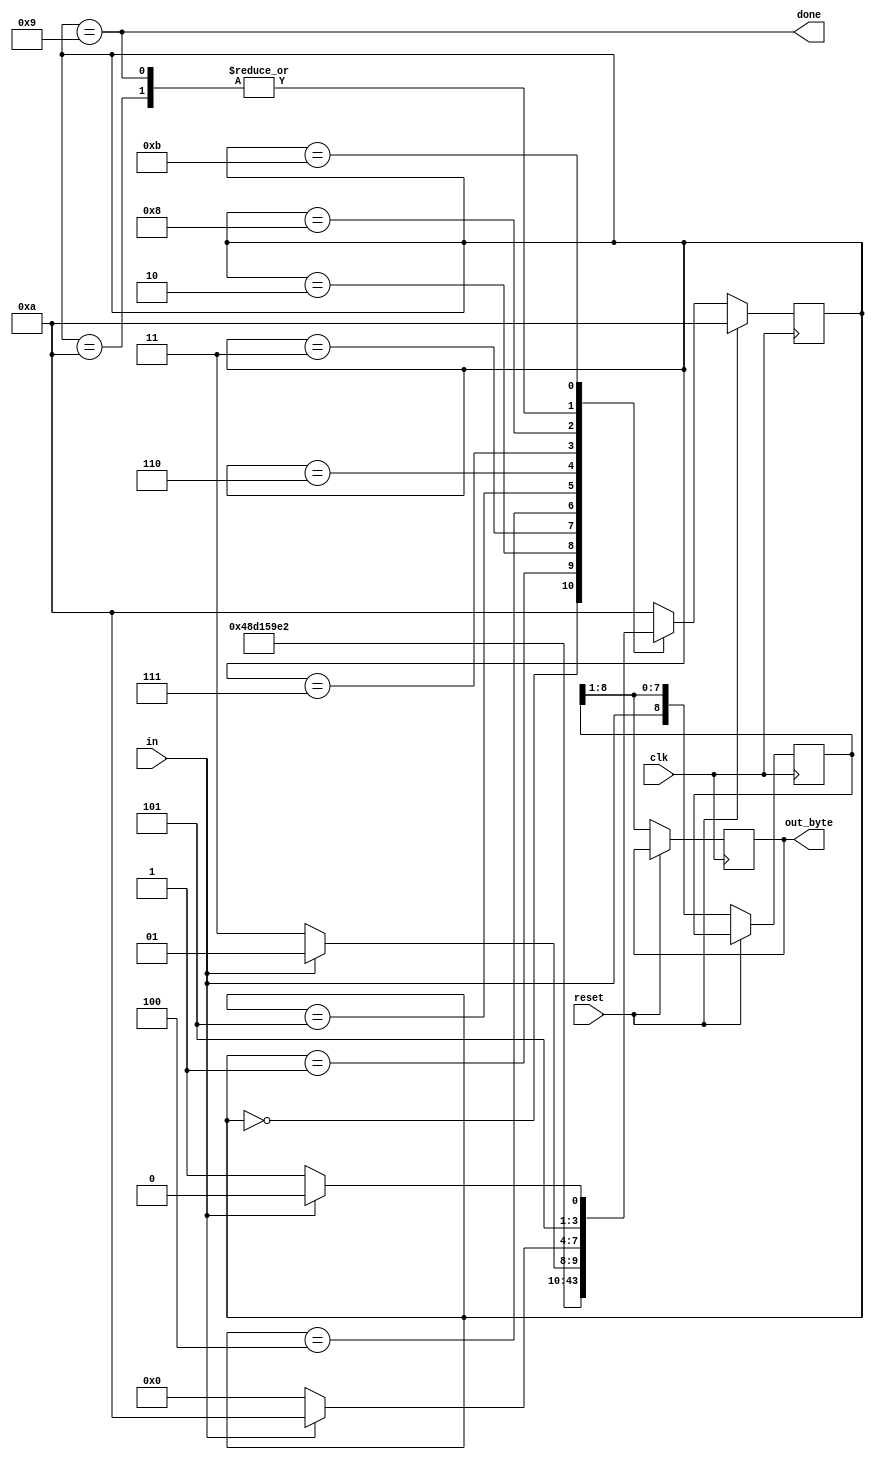
module top_module(
    input clk,
    input in,
    input reset,    // Synchronous reset
    output [7:0] out_byte,
    output done
); 

    parameter start = 4'd0, stop =4'd9, idle = 4'd10;
   	parameter b1 = 4'd1, b2 = 4'd2, b3 = 4'd3;
    parameter b4 = 4'd4, b5 = 4'd5, b6 = 4'd6;
    parameter b7 = 4'd7, b8 = 4'd8, term = 4'd11;
    reg [8:0] out;
    reg [3:0] state, next_state;
    
    // Use FSM from Fsm_serial
    always @(*) begin
        case (state)
            idle: next_state = in? idle:start;
            start: next_state = b1;
            b1: next_state = b2;
            b2: next_state = b3;
            b3: next_state = b4;
            b4: next_state = b5;
            b5: next_state = b6;
            b6: next_state = b7;
            b7: next_state = b8;
            b8: next_state = in? stop:term;
            stop: next_state = in? idle:start;
            term: next_state = in? idle:term;
            default: next_state = idle;
        endcase
    end
    // New: Datapath to latch input bits.
    always @(posedge clk) begin
        if (reset)
            state = idle;
        else begin
            state <= next_state;
            out = {in, out[8:1]}; //output in reverse order
            out_byte = out[7:0];
        end
    end
    
    assign done = (state == stop);
    
endmodule